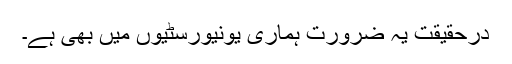
درحقیقت یہ ضرورت ہماری یونیورسٹیوں میں بھی ہے۔